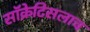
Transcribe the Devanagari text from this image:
सॉक्रेटिसलाच